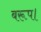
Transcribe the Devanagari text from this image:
बरूप।